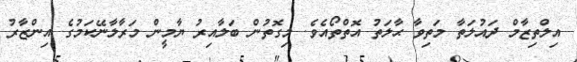
އިލްތިޒާމް ދައުލަތާ މަތިވާ ޙާލަތު އޮތްތޯއެވެ. މިގޮތުން ބަލާއިރު ޔާމީން މަރާލާނޭކަމުގެ އިންޒާރު